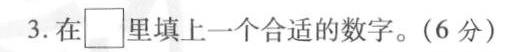
3.在\Box 里填上一个合适的数字。(6分)